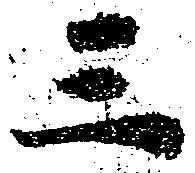
三